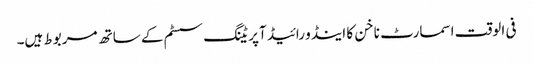
فی الوقت اسمارٹ ناخن کا اینڈو رائیڈ آپریٹنگ سسٹم کے ساتھ مربوط ہیں۔